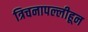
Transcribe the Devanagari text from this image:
त्रिचनापल्लीहून